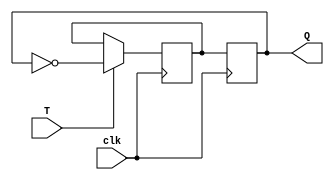
module t_latch (
    input T,
    input clk,
    output reg Q
);

reg next_Q;

always @ (posedge clk) begin
    if (T) begin
        next_Q <= ~Q;
    end
end

always @ (negedge clk) begin
    Q <= next_Q;
end

endmodule